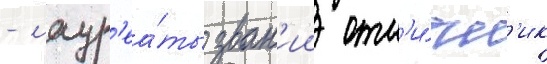
- лаур'еа́ты зван'ии отл'и́чн'ик